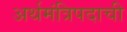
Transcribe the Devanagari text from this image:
अर्थमंत्रिपदाची